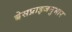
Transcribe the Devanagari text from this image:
बेसप्राइजनुसार